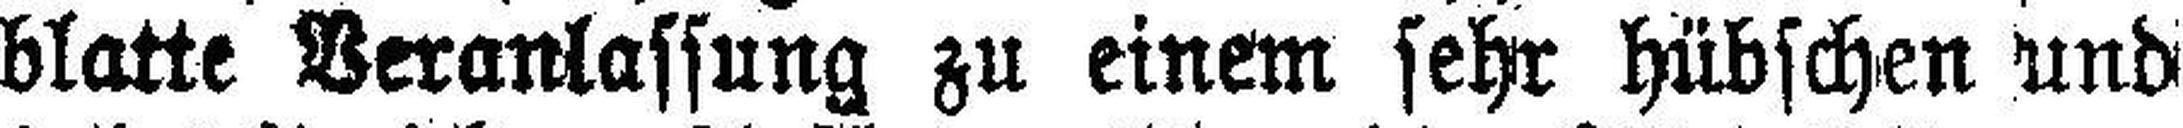
blatte Veranlassung zu einem sehr hübschen und